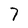
Character: 7